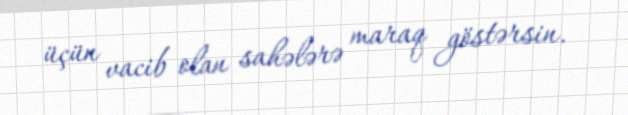
üçün vacib olan sahələrə maraq göstərsin.